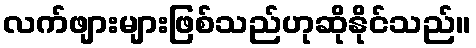
လက်ဖျားများဖြစ်သည်ဟုဆိုနိုင်သည်။